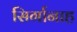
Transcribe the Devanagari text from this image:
सिर्गानाह